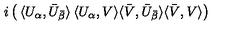
i \left( \begin{matrix} { \langle U _ { \alpha } , \bar { U } _ { \bar { \beta } } \rangle } & { \langle U _ { \alpha } , V \rangle } \\ { \langle \bar { V } , \bar { U } _ { \bar { \beta } } \rangle } & { \langle \bar { V } , V \rangle } \\ \end{matrix} \right)